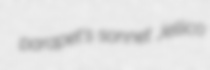
parapet's sonnet Jellico